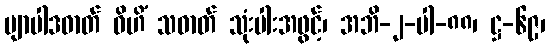
ဗျာပါဒဓာတ် ဝိဟိံ သဓာတ် သုံးပါးအဖွင့်၊ အဘိ-၂-ပါ-၈၈၊ ဋ္ဌ-၆၉၊